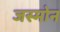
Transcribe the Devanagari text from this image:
जस्मोन